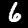
Label: 6